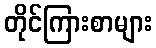
တိုင်ကြားစာများ